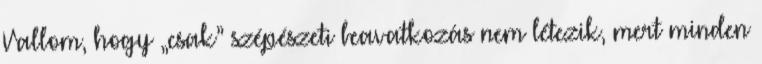
Vallom, hogy „csak” szépészeti beavatkozás nem létezik, mert minden